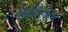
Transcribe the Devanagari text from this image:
डिकॅप्रियोसह